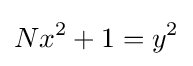
Nx^{2}+1=y^{2}